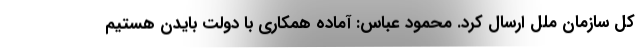
کل سازمان ملل ارسال کرد. محمود عباس: آماده همکاری با دولت بایدن هستیم